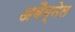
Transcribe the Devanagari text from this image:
अबैग्नेल